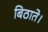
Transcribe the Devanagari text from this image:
बिठाते।